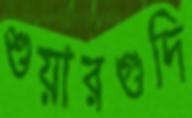
শুয়ারগুদি